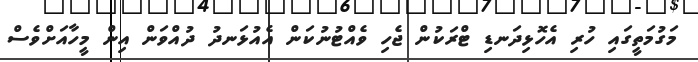
މަގުމަތީގައި ހުރި އެހޮޅިދަނޑި ޓްރަކުން ޖެހި ވެއްޓުނުކަން އެއުޅަނދު ދުއްވަން އިން މީހާއަށްވެސް